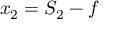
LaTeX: x _ { 2 } = S _ { 2 } - f